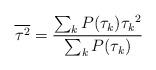
LaTeX: \begin{align*} \overline{\tau^2} = \frac{\sum_{k}P(\tau_{k}) {\tau_{k}}^2} {\sum_{k}P(\tau_{k})}\end{align*}